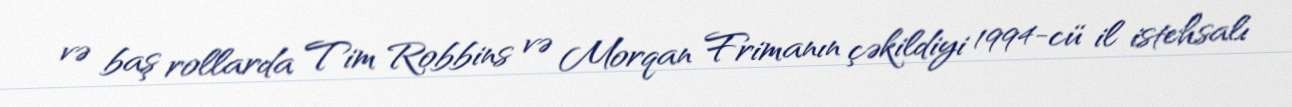
və baş rollarda Tim Robbins və Morqan Frimanın çəkildiyi 1994-cü il istehsalı